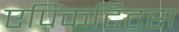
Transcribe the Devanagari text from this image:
एपिकटिटस